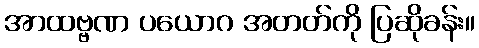
အာထဗ္ဗဏ ပယောဂ အတတ်ကို ပြဆိုခန်း။